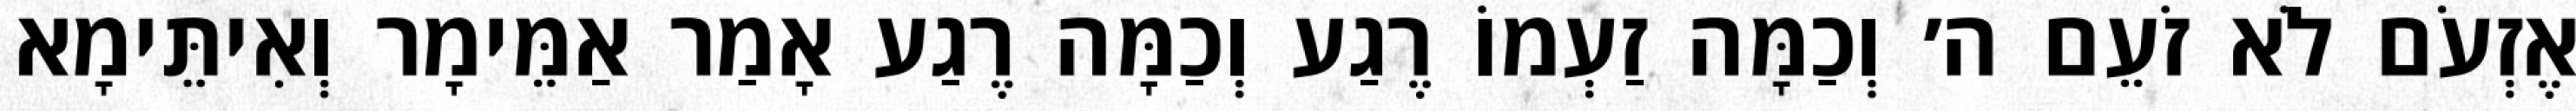
אֶזְעֹם לֹא זֹעֵם ה׳ וְכַמָּה זַעְמוֹ רֶגַע וְכַמָּה רֶגַע אָמַר אַמֵּימָר וְאִיתֵּימָא